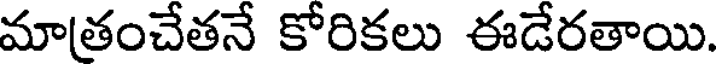
మాతంచేతనే కోరికలు ఈడేరతాయి.